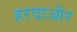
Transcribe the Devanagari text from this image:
हरदाऔर